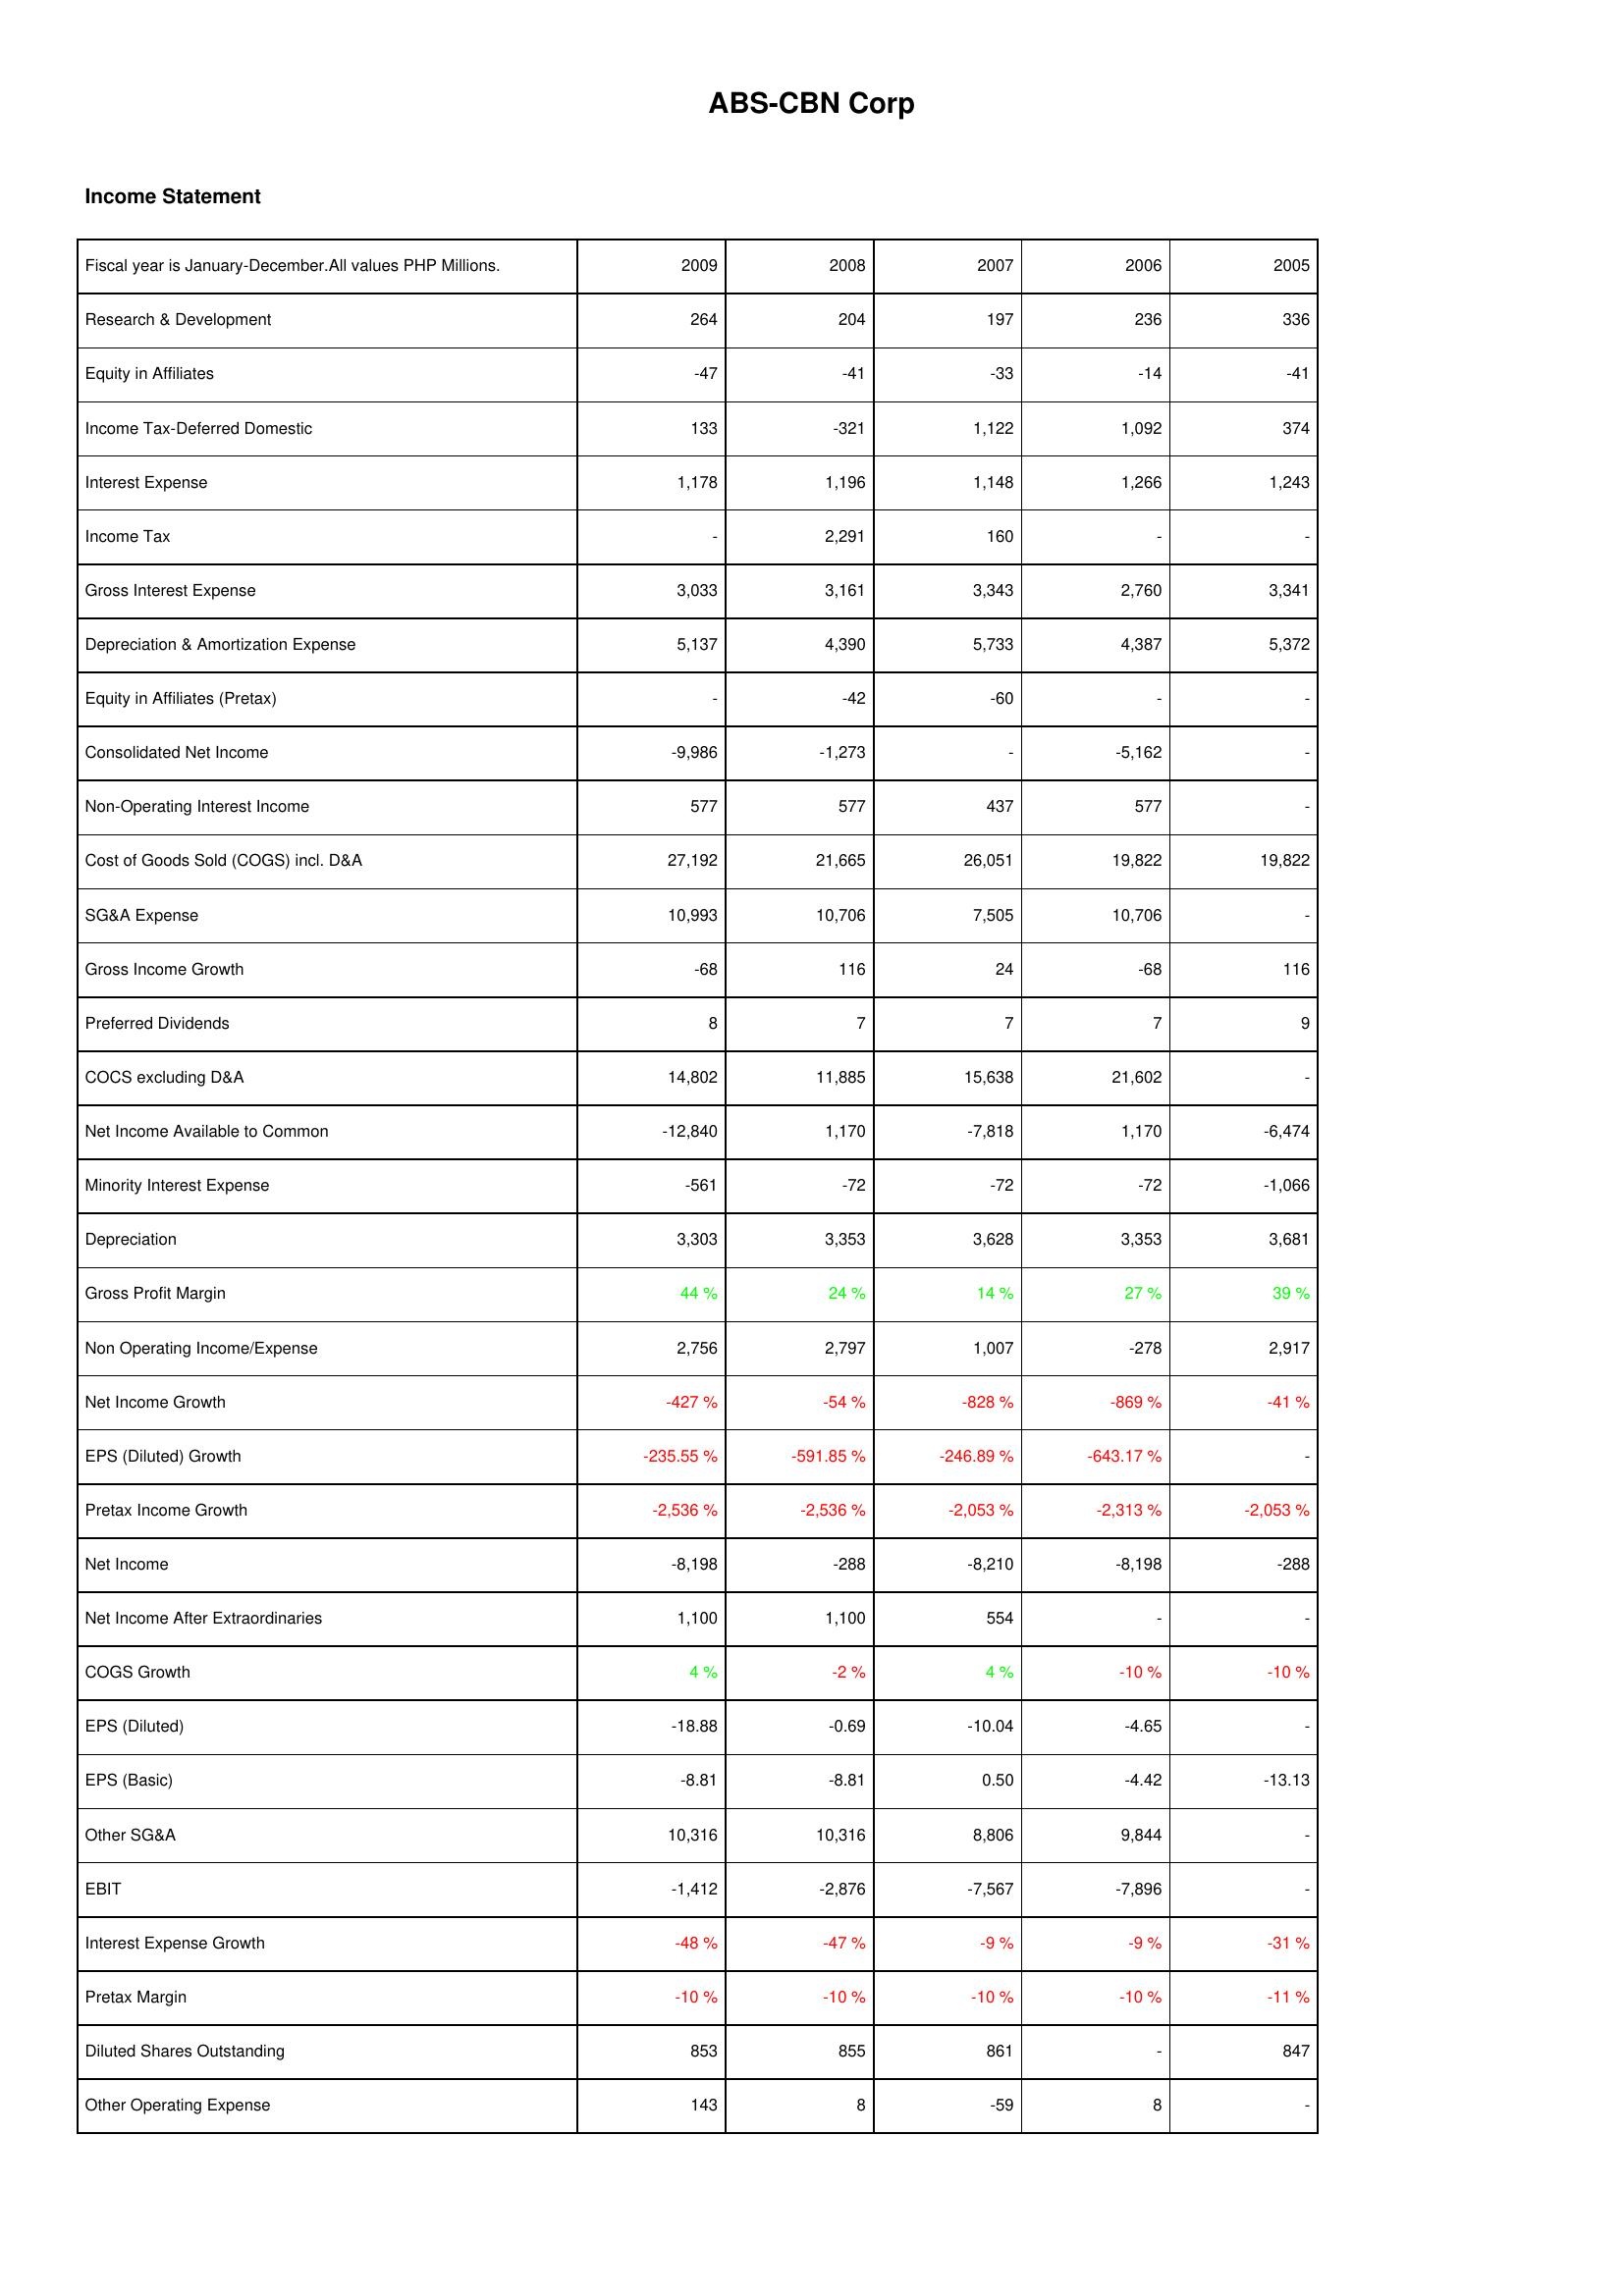
2009: Income Statement: Research & Development: 264
Equity in Affiliates: -47
Income Tax-Deferred Domestic: 133
Interest Expense: 1,178
Income Tax: -
Gross Interest Expense: 3,033
Depreciation & Amortization Expense: 5,137
Equity in Affiliates (Pretax): -
Consolidated Net Income: -9,986
Non-Operating Interest Income: 577
Cost of Goods Sold (COGS) incl. D&A: 27,192
SG&A Expense: 10,993
Gross Income Growth: -68
Preferred Dividends: 8
COCS excluding D&A: 14,802
Net Income Available to Common: -12,840
Minority Interest Expense: -561
Depreciation: 3,303
Gross Profit Margin: 44 %
Non Operating Income/Expense: 2,756
Net Income Growth: -427 %
EPS (Diluted) Growth: -235.55 %
Pretax Income Growth: -2,536 %
Net Income: -8,198
Net Income After Extraordinaries: 1,100
COGS Growth: 4 %
EPS (Diluted): -18.88
EPS (Basic): -8.81
Other SG&A: 10,316
EBIT: -1,412
Interest Expense Growth: -48 %
Pretax Margin: -10 %
Diluted Shares Outstanding: 853
Other Operating Expense: 143
2008: Income Statement: Research & Development: 204
Equity in Affiliates: -41
Income Tax-Deferred Domestic: -321
Interest Expense: 1,196
Income Tax: 2,291
Gross Interest Expense: 3,161
Depreciation & Amortization Expense: 4,390
Equity in Affiliates (Pretax): -42
Consolidated Net Income: -1,273
Non-Operating Interest Income: 577
Cost of Goods Sold (COGS) incl. D&A: 21,665
SG&A Expense: 10,706
Gross Income Growth: 116
Preferred Dividends: 7
COCS excluding D&A: 11,885
Net Income Available to Common: 1,170
Minority Interest Expense: -72
Depreciation: 3,353
Gross Profit Margin: 24 %
Non Operating Income/Expense: 2,797
Net Income Growth: -54 %
EPS (Diluted) Growth: -591.85 %
Pretax Income Growth: -2,536 %
Net Income: -288
Net Income After Extraordinaries: 1,100
COGS Growth: -2 %
EPS (Diluted): -0.69
EPS (Basic): -8.81
Other SG&A: 10,316
EBIT: -2,876
Interest Expense Growth: -47 %
Pretax Margin: -10 %
Diluted Shares Outstanding: 855
Other Operating Expense: 8
2007: Income Statement: Research & Development: 197
Equity in Affiliates: -33
Income Tax-Deferred Domestic: 1,122
Interest Expense: 1,148
Income Tax: 160
Gross Interest Expense: 3,343
Depreciation & Amortization Expense: 5,733
Equity in Affiliates (Pretax): -60
Consolidated Net Income: -
Non-Operating Interest Income: 437
Cost of Goods Sold (COGS) incl. D&A: 26,051
SG&A Expense: 7,505
Gross Income Growth: 24
Preferred Dividends: 7
COCS excluding D&A: 15,638
Net Income Available to Common: -7,818
Minority Interest Expense: -72
Depreciation: 3,628
Gross Profit Margin: 14 %
Non Operating Income/Expense: 1,007
Net Income Growth: -828 %
EPS (Diluted) Growth: -246.89 %
Pretax Income Growth: -2,053 %
Net Income: -8,210
Net Income After Extraordinaries: 554
COGS Growth: 4 %
EPS (Diluted): -10.04
EPS (Basic): 0.50
Other SG&A: 8,806
EBIT: -7,567
Interest Expense Growth: -9 %
Pretax Margin: -10 %
Diluted Shares Outstanding: 861
Other Operating Expense: -59
2006: Income Statement: Research & Development: 236
Equity in Affiliates: -14
Income Tax-Deferred Domestic: 1,092
Interest Expense: 1,266
Income Tax: -
Gross Interest Expense: 2,760
Depreciation & Amortization Expense: 4,387
Equity in Affiliates (Pretax): -
Consolidated Net Income: -5,162
Non-Operating Interest Income: 577
Cost of Goods Sold (COGS) incl. D&A: 19,822
SG&A Expense: 10,706
Gross Income Growth: -68
Preferred Dividends: 7
COCS excluding D&A: 21,602
Net Income Available to Common: 1,170
Minority Interest Expense: -72
Depreciation: 3,353
Gross Profit Margin: 27 %
Non Operating Income/Expense: -278
Net Income Growth: -869 %
EPS (Diluted) Growth: -643.17 %
Pretax Income Growth: -2,313 %
Net Income: -8,198
Net Income After Extraordinaries: -
COGS Growth: -10 %
EPS (Diluted): -4.65
EPS (Basic): -4.42
Other SG&A: 9,844
EBIT: -7,896
Interest Expense Growth: -9 %
Pretax Margin: -10 %
Diluted Shares Outstanding: -
Other Operating Expense: 8
2005: Income Statement: Research & Development: 336
Equity in Affiliates: -41
Income Tax-Deferred Domestic: 374
Interest Expense: 1,243
Income Tax: -
Gross Interest Expense: 3,341
Depreciation & Amortization Expense: 5,372
Equity in Affiliates (Pretax): -
Consolidated Net Income: -
Non-Operating Interest Income: -
Cost of Goods Sold (COGS) incl. D&A: 19,822
SG&A Expense: -
Gross Income Growth: 116
Preferred Dividends: 9
COCS excluding D&A: -
Net Income Available to Common: -6,474
Minority Interest Expense: -1,066
Depreciation: 3,681
Gross Profit Margin: 39 %
Non Operating Income/Expense: 2,917
Net Income Growth: -41 %
EPS (Diluted) Growth: -
Pretax Income Growth: -2,053 %
Net Income: -288
Net Income After Extraordinaries: -
COGS Growth: -10 %
EPS (Diluted): -
EPS (Basic): -13.13
Other SG&A: -
EBIT: -
Interest Expense Growth: -31 %
Pretax Margin: -11 %
Diluted Shares Outstanding: 847
Other Operating Expense: -